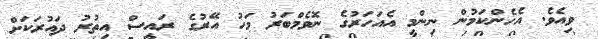
ވިއެވެ. އެހެންކަމުން ނިންމީ އެއަހަރުގެ ނޮވެމްބަރު މަހު އޭރުގެ ރައީސް އިތުރު ދައުރަކަށް